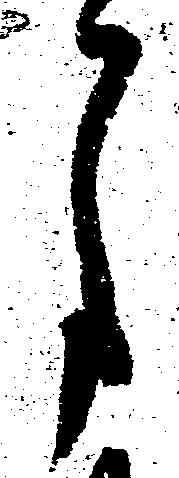
月